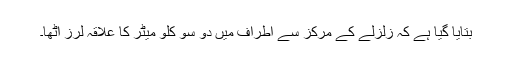
بتایا گیا ہے کہ زلزلے کے مرکز سے اطراف میں دو سو کلو میٹر کا علاقہ لرز اٹھا۔